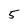
Character: 5